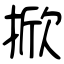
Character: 掀